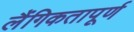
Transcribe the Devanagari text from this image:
लैंगिकतापूर्ण